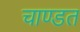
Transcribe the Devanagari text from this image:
चाण्डत